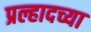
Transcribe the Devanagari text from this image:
प्रल्हादच्या